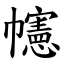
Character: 幰